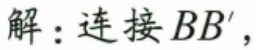
解：连接$BB'$，